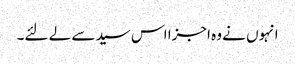
انہوں نے وہ اجزا اس سید سے لے لئے۔